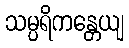
သမ္ပရိကန္တေယျ